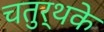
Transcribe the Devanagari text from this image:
चतुर्थके